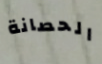
الحصانة